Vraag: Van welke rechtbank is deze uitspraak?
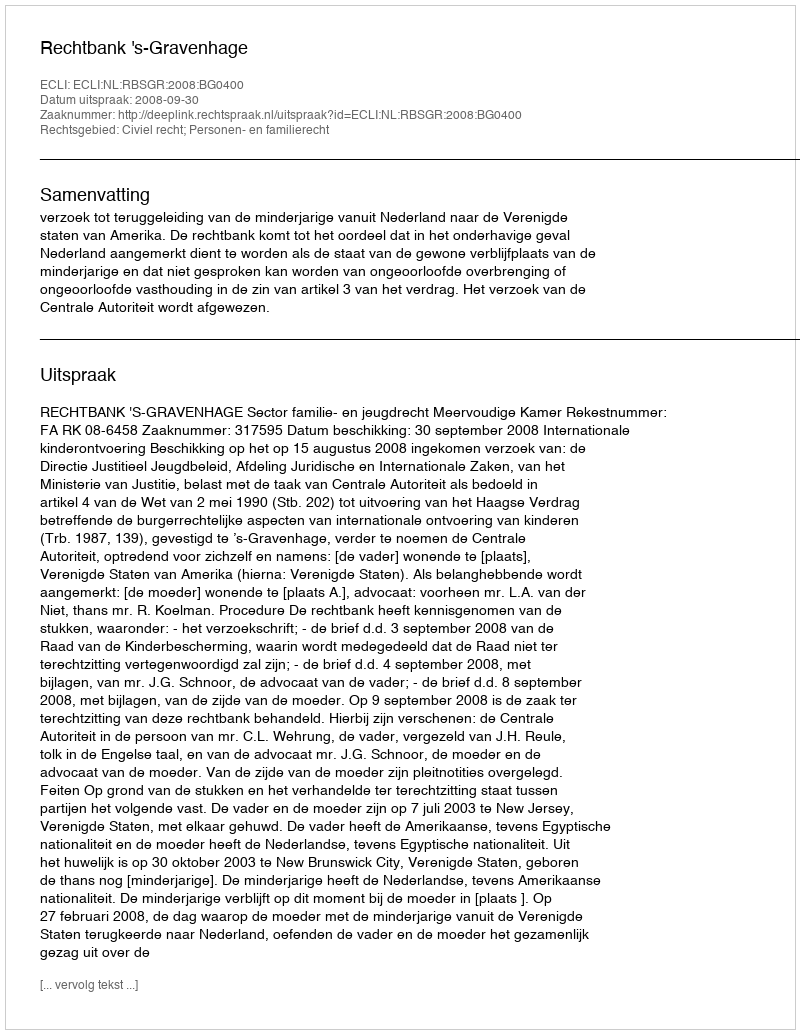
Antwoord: Rechtbank 's-Gravenhage